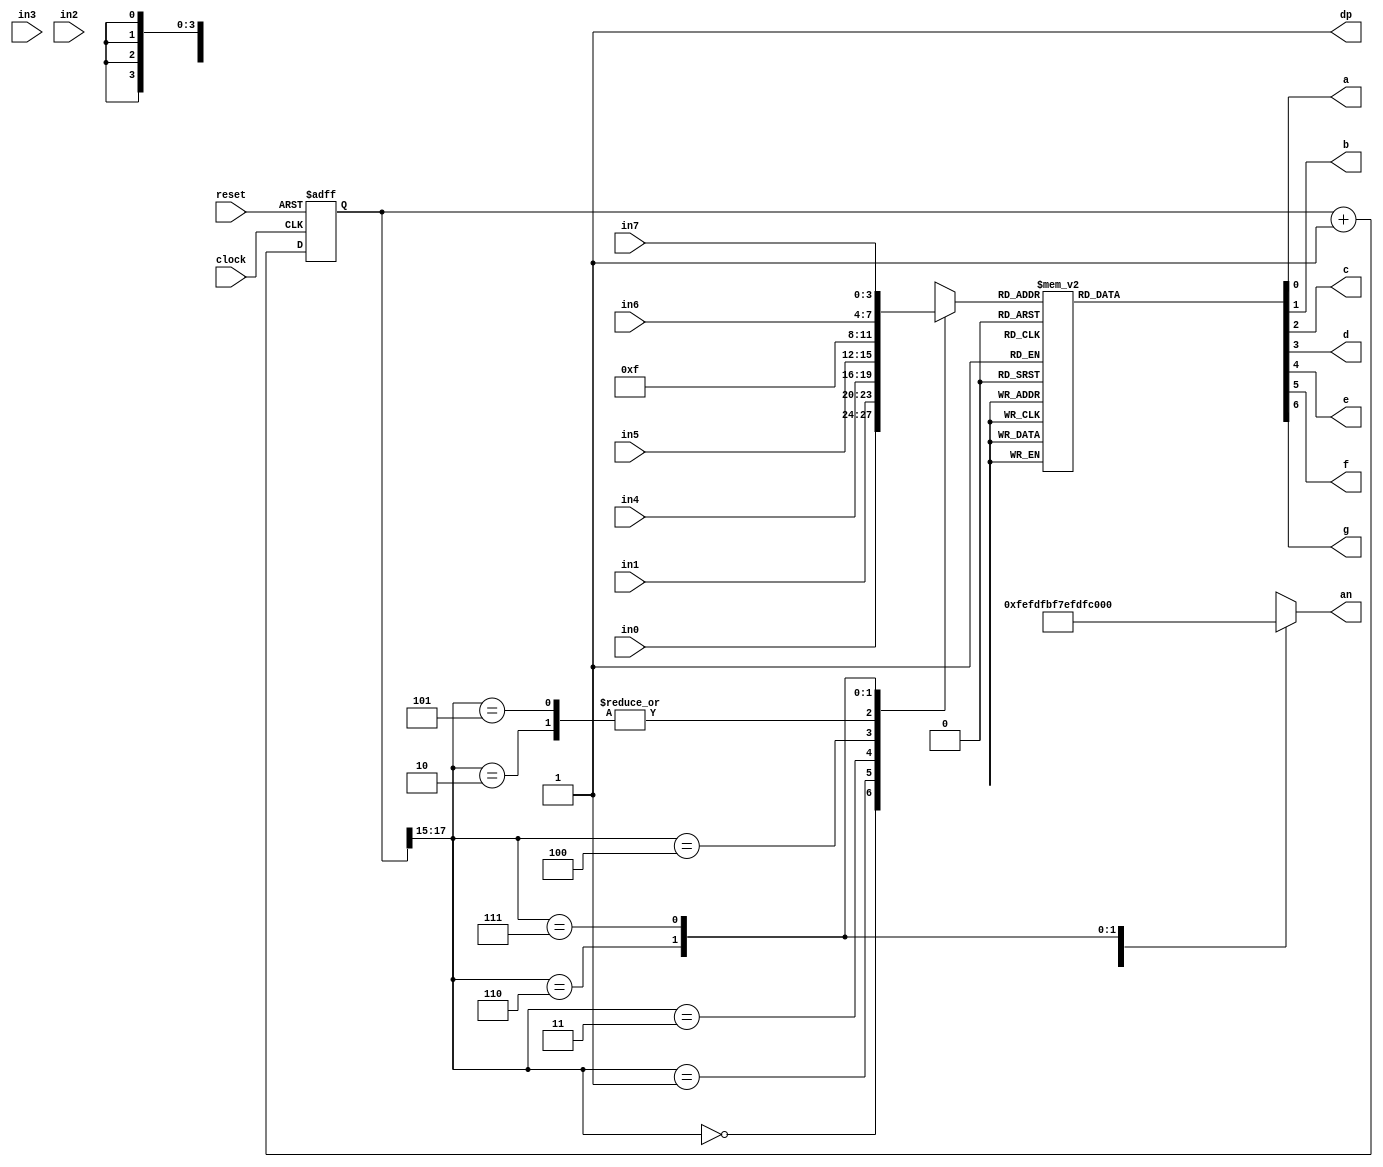
module sevenseg(
 input clock, reset,
 input [3:0] in7, 
 input [3:0] in6, 
 input [3:0] in5, 
 input [3:0] in4, 
 input [3:0] in3, 
 input [3:0] in2, 
 input [3:0] in1, 
 input [3:0] in0,  //the 4 inputs for each display
 output a, b, c, d, e, f, g, dp, //the individual LED output for the seven segment along with the digital point
 output [7:0] an   // the 4 bit enable signal
 );
 
localparam N = 18;
 
reg [N-1:0]count; //the 18 bit counter which allows us to multiplex at 1000Hz
 
always @ (posedge clock or posedge reset)
 begin
  if (reset)
   count <= 0;
  else
   count <= count + 1;
 end
 
reg [3:0]sseg; //the 7 bit register to hold the data to output
reg [7:0]an_temp; //register for the 4 bit enable
 
always @ (*)
 begin
  case(count[N-1:N-3]) //using only the 2 MSB's of the counter 
    
   3'b000 :  //When the 2 MSB's are 00 enable the fourth display
    begin
     sseg = in0;
     an_temp = 8'b11111110;
    end
    
   3'b001:  //When the 2 MSB's are 01 enable the third display
    begin
     sseg = in1;
     an_temp = 8'b11111101;
    end
    
   3'b010:  //When the 2 MSB's are 10 enable the second display
    begin
     sseg = 4'b1111; //" - "
     an_temp = 8'b11111011;
    end
     
   3'b011:  //When the 2 MSB's are 11 enable the first display
    begin
     sseg = in4;
     an_temp = 8'b11110111;
    end
	3'b100 :  //When the 2 MSB's are 00 enable the fourth display
    begin
     sseg = in5;
     an_temp = 8'b11101111;
    end
    
   3'b101:  //When the 2 MSB's are 01 enable the third display
    begin
     sseg = 4'b1111; //" - "
     an_temp = 8'b11011111;
    end
    
   3'b110:  //When the 2 MSB's are 10 enable the second display
    begin
     sseg = in6;
     an_temp = 8'b10111111;
    end
     
   3'b111:  //When the 2 MSB's are 11 enable the first display
    begin
     sseg = in7;
     an_temp = 8'b01111111;
    end
  endcase
 end
assign an = an_temp;
 
 
reg [6:0] sseg_temp; // 7 bit register to hold the binary value of each input given
 
always @ (*)
 begin
  case(sseg)
   4'd0 : sseg_temp = 7'b1000000; //to display 0
   4'd1 : sseg_temp = 7'b1111001; //to display 1
   4'd2 : sseg_temp = 7'b0100100; //to display 2
   4'd3 : sseg_temp = 7'b0110000; //to display 3
   4'd4 : sseg_temp = 7'b0011001; //to display 4
   4'd5 : sseg_temp = 7'b0010010; //to display 5
   4'd6 : sseg_temp = 7'b0000010; //to display 6
   4'd7 : sseg_temp = 7'b1111000; //to display 7
   4'd8 : sseg_temp = 7'b0000000; //to display 8
   4'd9 : sseg_temp = 7'b0010000; //to display 9
   default : sseg_temp = 7'b0111111; //dash
  endcase
 end
assign {g, f, e, d, c, b, a} = sseg_temp; //concatenate the outputs to the register, this is just a more neat way of doing this.
// I could have done in the case statement: 4'd0 : {g, f, e, d, c, b, a} = 7'b1000000; 
// its the same thing.. write however you like it
 
assign dp = 1'b1; //since the decimal point is not needed, all 4 of them are turned off
 
 
endmodule